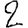
Digit: 2